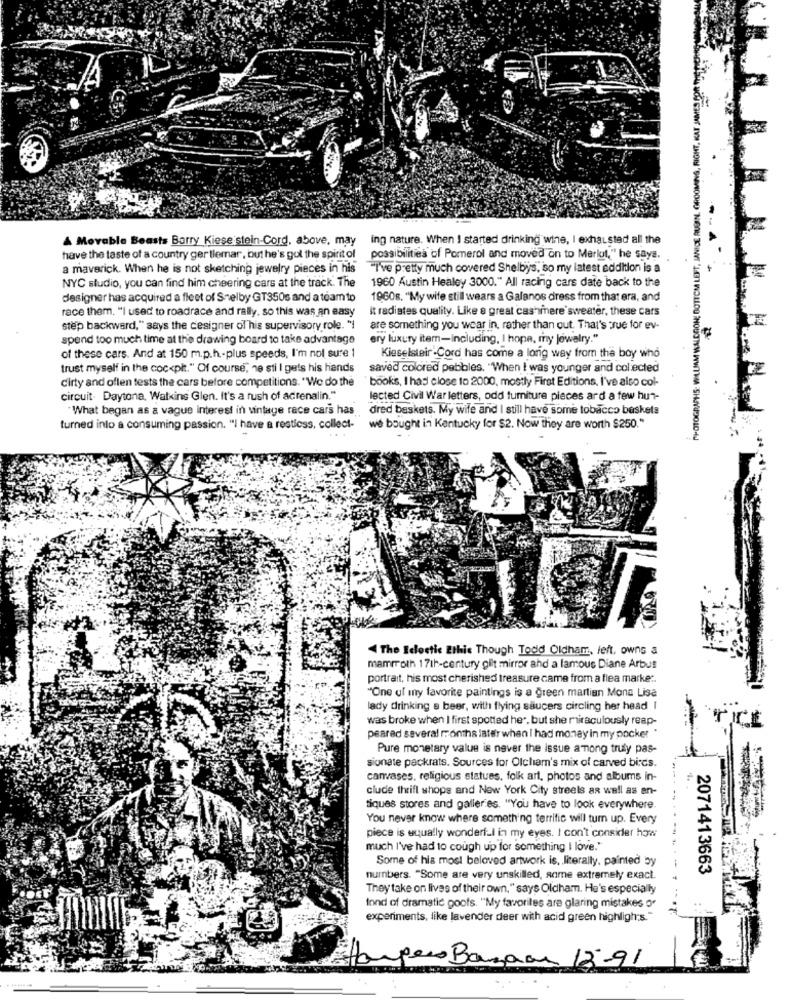
WALDRON; BOTTOM LEFT, JANICE RUD
A Movable Beasts Barry Kiese stein-Cord, above, may ing nature. When I started drinking wine, I exhausted all the
have the taste of a country ger tlemar, but he's gul the spirit of
possibilities of Pomerol and moved on to Merlot," he saya.
a maverick. When he is not sketching jewelry pieces in his
"I've pretty much covered Shelbys, so my latest eddition is a
NYC studio, you can find him cheering cars at the track. The
1960 Austin Healey 3000." All racing cars date back to the
designer has acquired a fleet of Shelby GT350s and a team to
1960s. "My wife still wears a Galanos dress from that era, and
race them. "I used to roadrace and rally. so this was an easy
it radiates quality. Like a great cashmere sweater, these cars
CE
step backward," says the cesigner of his supervisory role. "I
are something you wear in, rather than out. That's true for ev-
spend too much time at the drawing board to take advantage
ary luxury item-including, I hope, my jewelry."
of these cars. And at 150 m.p.h .- plus speeds, I'm not sure 1
Kieselsteir -Cord has come a long way from the boy who
trust myself in the cockpit." Of course, ne sti I gets his hands
saved colored pebbles. "When I was younger and collected
dirty and often tests the cars before competitions. "We do the
books, I has close to 2000, mostly First Editions. I've also col-
circuit- Daytona, Watkins Glen. It's a rush of adrenalin."
lected Civil War letters, odd furniture pieces ard a few hun-
"What began as a vague interest in vintage race cars has
dred baskets. My wife and I still have some tobacco baskets
turned into a consuming passion. "I have a restless, collect-
we bought in Kentucky for $2. Now they are worth $250."
The Icostic Ethic Though Todd Oldham, left, owns a
mammoth 17th-century gilt mirror and a famous Diane Arbus
portrait, his most cherished treasure came from a flea market.
"One of my favorite paintings is a green martian Mona Lisa
lady drinking a beer, with flying saucers circling her head I
was broke when I first spotted he", but she miraculously reap-
peared several months later when I had money in my pocket "
Pure monetary value is never the issue among truly pas-
sionate packrats. Sources for Olcham's mix of carved birds.
canvases, religious statues, folk art, photos and albums in-
clude thrift shops and New York City streets as well as an-
...
tiques stores and galleries. "You have to look everywhere.
You never know where something terrific will turn up. Every
piece is equally wonderful in my eyes. I con't consider how
much I've had to cough up for something I love."
Some of his most beloved artwork is, literally, painted by
2071413663
numbers. "Some are very unskilled, some extremely exact.
They take on lives of their own," says Oldham. He's especially
fond of dramatic goofs. "My favorites are glaring mistakes o'
experiments, like lavender deer with acid green highligh;s."
Hampero Banaan 13-91